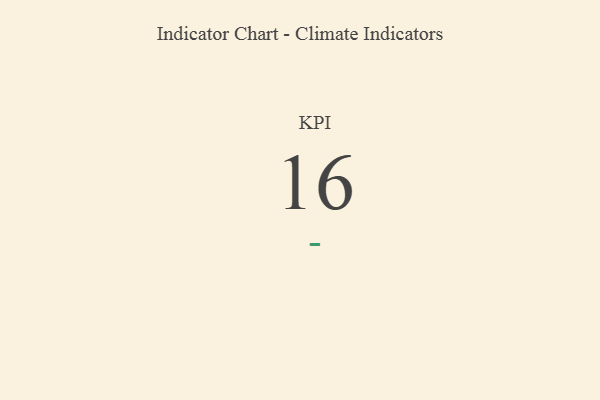
{"axis": {"x": "KPI", "y": "Value"}, "legend": [""], "data": [{"x": "KPI", "y": 16, "type": ""}]}